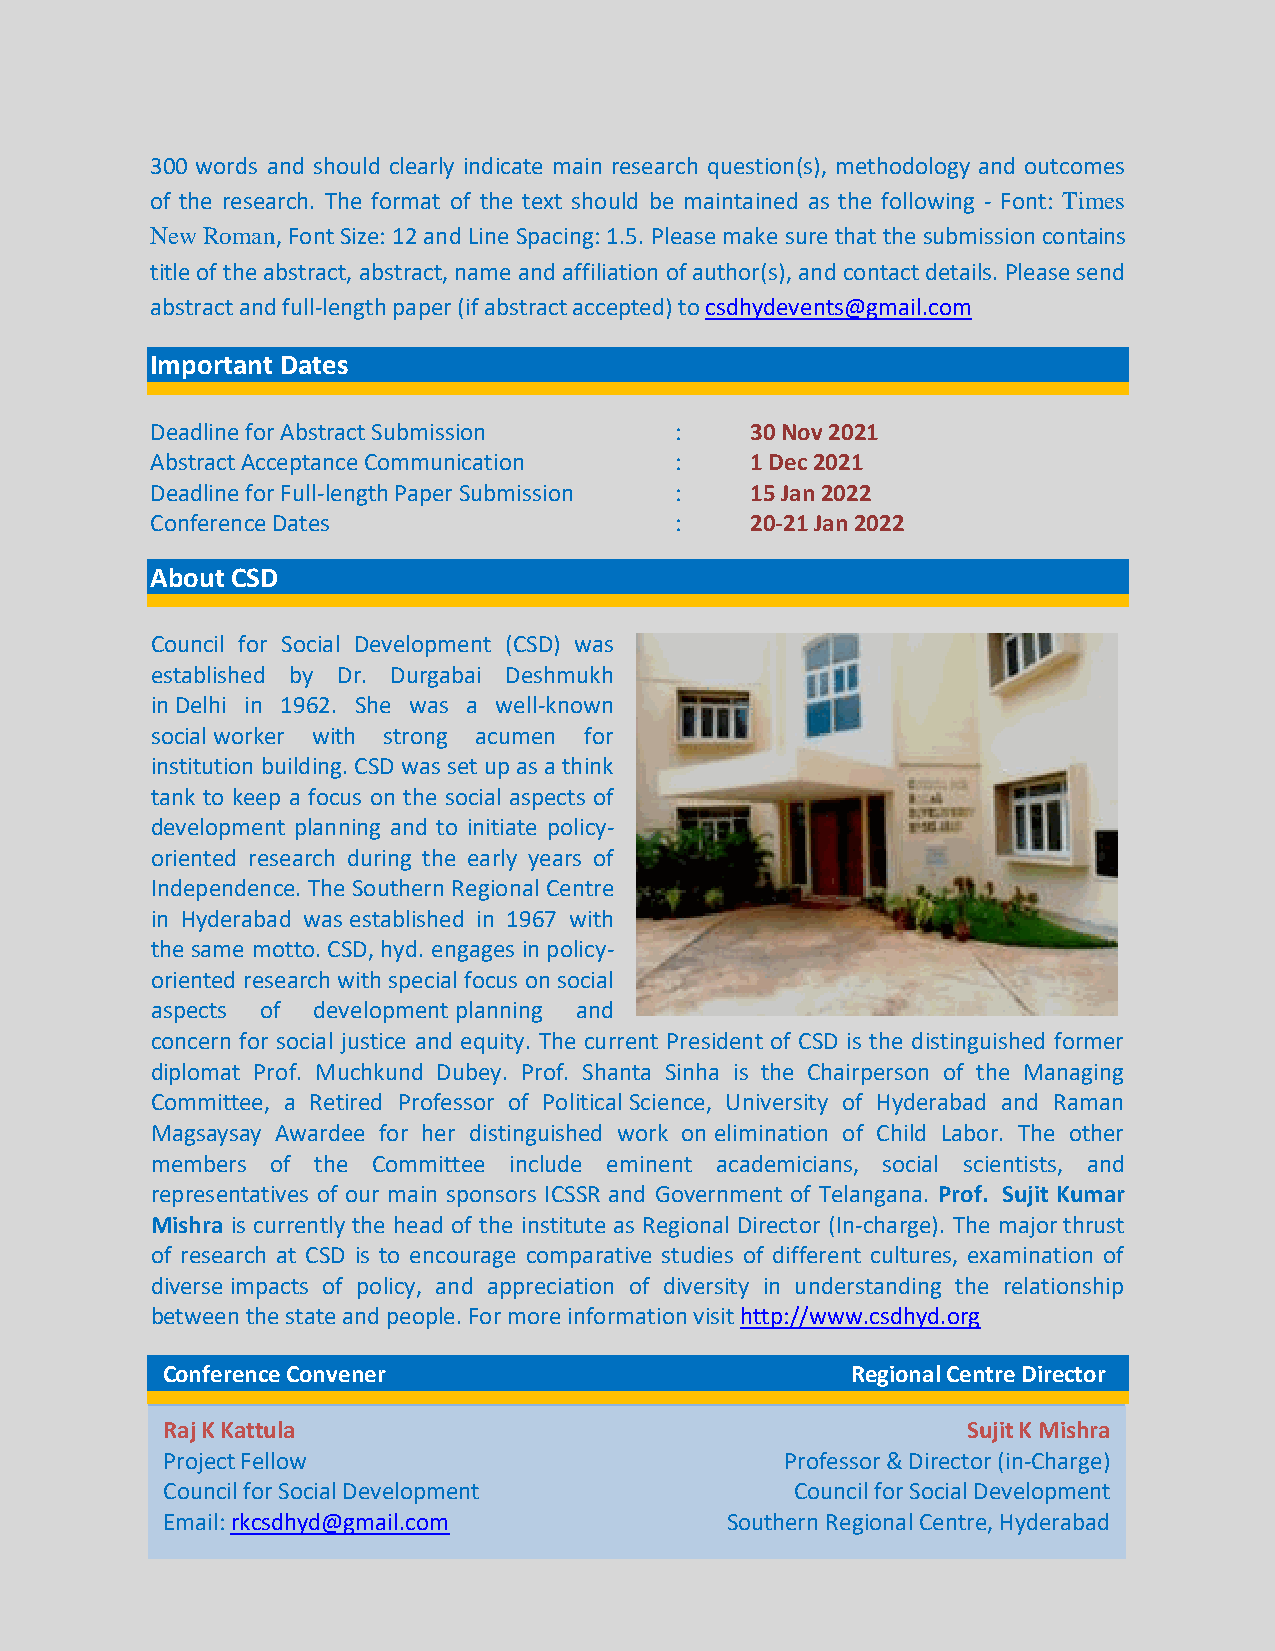
300 words and should clearly indicate main research question(s), methodology and outcomes
 of the research. The format of the text should be maintained as the following - Font: Times
 New Roman, Font Size: 12 and Line Spacing: 1.5. Please make sure that the submission contains
 title of the abstract, abstract, name and affiliation of author(s), and contact details. Please send
 abstract and full-length paper (if abstract accepted) to csdhydevents@gmail.com
 Important Dates
 Deadline for Abstract Submission   :    30 Nov 2021
 Abstract Acceptance Communication  :    1 Dec 2021
 Deadline for Full-length Paper Submission : 15 Jan 2022
 Conference Dates                   :    20-21 Jan 2022
 About CSD
 Council for Social Development (CSD) was
 established by Dr. Durgabai Deshmukh
 in Delhi in 1962. She was a well-known
 social worker with strong acumen for
 institution building. CSD was set up as a think
 tank to keep a focus on the social aspects of
 development planning and to initiate policy-
 oriented research during the early years of
 Independence. The Southern Regional Centre
 in Hyderabad was established in 1967 with
 the same motto. CSD, hyd. engages in policy-
 oriented research with special focus on social
 aspects of development planning and
 concern for social justice and equity. The current President of CSD is the distinguished former
 diplomat Prof. Muchkund Dubey. Prof. Shanta Sinha is the Chairperson of the Managing
 Committee, a Retired Professor of Political Science, University of Hyderabad and Raman
 Magsaysay Awardee for her distinguished work on elimination of Child Labor. The other
 members of the Committee include eminent academicians, social scientists, and
 representatives of our main sponsors ICSSR and Government of Telangana. Prof. Sujit Kumar
 Mishra is currently the head of the institute as Regional Director (In-charge). The major thrust
 of research at CSD is to encourage comparative studies of different cultures, examination of
 diverse impacts of policy, and appreciation of diversity in understanding the relationship
 between the state and people. For more information visit http://www.csdhyd.org
 PCleoansfeerse nCcoen Ctoancvte fnoerr Queries Regional Centre Director
 Raj K Kattula                                        Sujit K Mishra
 Project Fellow                           Professor & Director (in-Charge)
 Council for Social Development            Council for Social Development
 Email: rkcsdhyd@gmail.com            Southern Regional Centre, Hyderabad